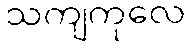
သကျကုလေ